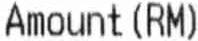
AMOUNT(RM)